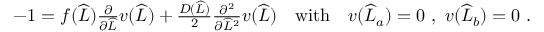
\begin{array} { r } { - 1 = f ( \widehat { L } ) \frac { \partial } { \partial \widehat { L } } v ( \widehat { L } ) + \frac { D ( \widehat { L } ) } { 2 } \frac { \partial ^ { 2 } } { \partial \widehat { L } ^ { 2 } } v ( \widehat { L } ) \quad \mathrm { w i t h } \quad v ( \widehat { L } _ { a } ) = 0 \ , \ v ( \widehat { L } _ { b } ) = 0 \ . } \end{array}